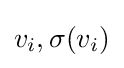
v_{i},\sigma (v_{i})